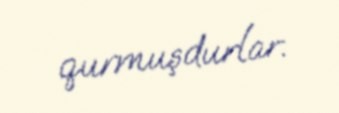
qurmuşdurlar.